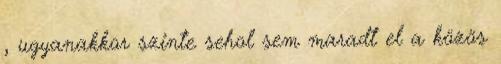
, ugyanakkor szinte sehol sem maradt el a közös